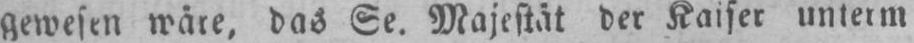
das Se. Majestät der Kaiser unterm